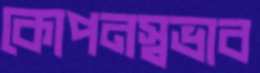
কোপনস্বভাব